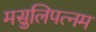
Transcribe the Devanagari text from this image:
मसुलिपत्नम